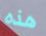
هذه